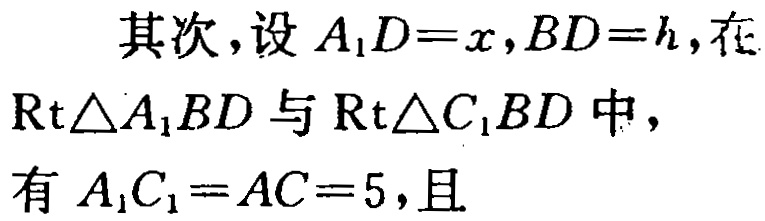
其次，设\(A_1D = x,BD = h\)，在

\(\text{Rt}\triangle A_1BD\)与\(\text{Rt}\triangle C_1BD\)中，

有\(A_1C_1 = AC = 5\)，且